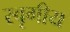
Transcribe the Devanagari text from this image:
स्वृगीय